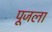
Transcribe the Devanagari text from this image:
पूजला